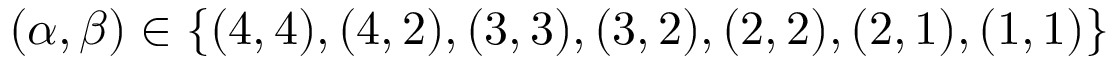
( \alpha , \beta ) \in \{ ( 4 , 4 ) , ( 4 , 2 ) , ( 3 , 3 ) , ( 3 , 2 ) , ( 2 , 2 ) , ( 2 , 1 ) , ( 1 , 1 ) \}